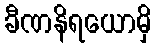
ခီဏနိရယောမှိ